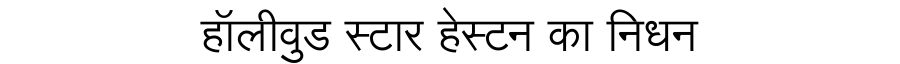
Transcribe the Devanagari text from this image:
हॉलीवुड स्टार हेस्टन का निधन